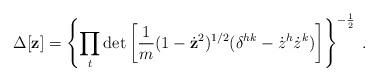
LaTeX: \begin{align*}\Delta [ {\bf z} ]= \left\{ \prod_t \det \left[{1 \over m} (1 - \dot{\bf z}^2)^{1/2}( \delta^{hk}-{\dot{z}}^h {\dot{z}}^k ) \right]\right\}^{-\frac{1}{2}} \> .\end{align*}